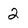
Character: 2